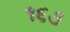
૧૬૩